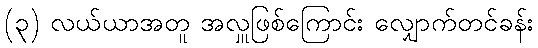
(၃) လယ်ယာအတူ အလှူဖြစ်ကြောင်း လျှောက်တင်ခန်း